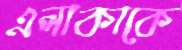
এলাকাকে